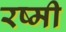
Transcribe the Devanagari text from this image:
रष्मी